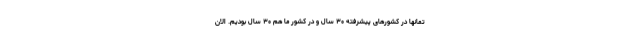
تمانها در کشورهای پیشرفته ۳۰ سال و در کشور ما هم ۳۰ سال بودیم. الان